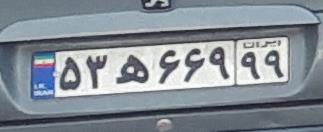
۵۳ه۶۶۹۹۹